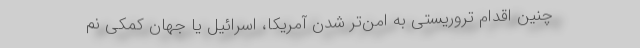
چنین اقدام تروریستی به امن‌تر شدن آمریکا، اسرائیل یا جهان کمکی نم